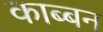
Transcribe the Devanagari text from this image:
काब्बन